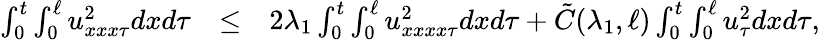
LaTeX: \begin{array}{rlr}{\int_{0}^{t}\int_{0}^{\ell}u_{xxx\tau}^{2}dxd\tau}&{\leq}&{2\lambda_{1}\int_{0}^{t}\int_{0}^{\ell}u_{xxxx\tau}^{2}dxd\tau+\tilde{C}(\lambda_{1},\ell)\int_{0}^{t}\int_{0}^{\ell}u_{\tau}^{2}dxd\tau,}\end{array}